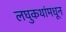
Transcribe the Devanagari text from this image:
लघुकथांमधून